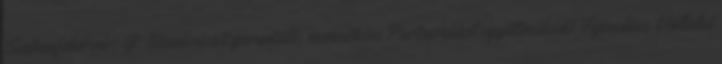
Székesfehérvár, G. Diszkréciót garantáló, nemzetközi Partnerekkel együttműködő Fejvadász Vállalat